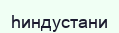
һиндустани